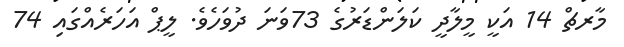
މާރޗް 14 އަކީ މީލާދީ ކަލަންޑަރުގެ 73ވަނަ ދުވަހެވެ. ލީޕް އަހަރެއްގައި 74